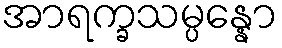
အာရက္ခသမ္ပန္နော